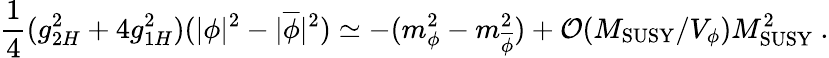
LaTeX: {\frac{1}{4}}(g_{2H}^{2}+4g_{1H}^{2})(|\phi|^{2}-|\overline{{{\phi}}}|^{2})\simeq-(m_{\phi}^{2}-m_{\overline{{{\phi}}}}^{2})+{\cal O}(M_{\mathrm{SUSY}}/V_{\phi})M_{\mathrm{SUSY}}^{2}~.